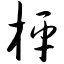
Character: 枰